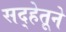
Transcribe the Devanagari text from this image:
सद्हेतूने